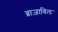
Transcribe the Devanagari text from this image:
ब्राज़ाविल